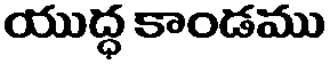
యుద్ధ కాండము